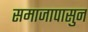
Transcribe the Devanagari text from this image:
समाजापासुन